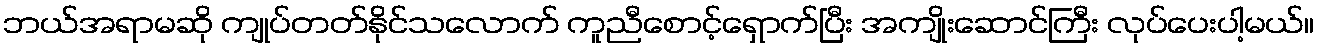
ဘယ်အရာမဆို ကျုပ်တတ်နိုင်သလောက် ကူညီစောင့်ရှောက်ပြီး အကျိုးဆောင်ကြီး လုပ်ပေးပါ့မယ်။